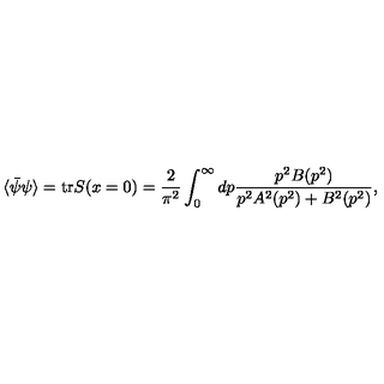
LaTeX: \langle \bar { \psi } \psi \rangle = \mathrm { t r } S ( x = 0 ) = \frac { 2 } { \pi ^ { 2 } } \int _ { 0 } ^ { \infty } d p \frac { p ^ { 2 } B ( p ^ { 2 } ) } { p ^ { 2 } A ^ { 2 } ( p ^ { 2 } ) + B ^ { 2 } ( p ^ { 2 } ) } ,